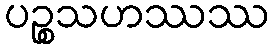
ပဉ္စသဟဿဿ